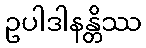
ဥပါဒါနန္တိဿ